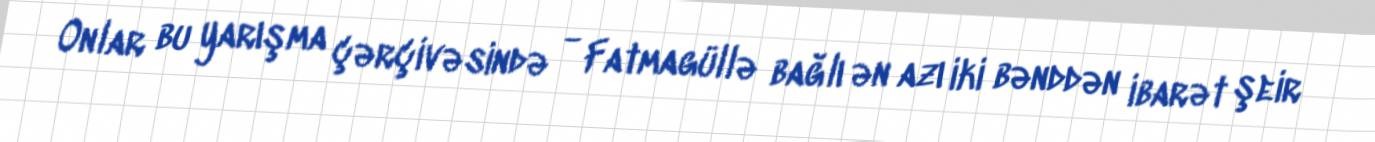
Onlar bu yarışma çərçivəsində - Fatmagüllə bağlı ən azı iki bənddən ibarət şeir